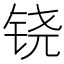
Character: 铙